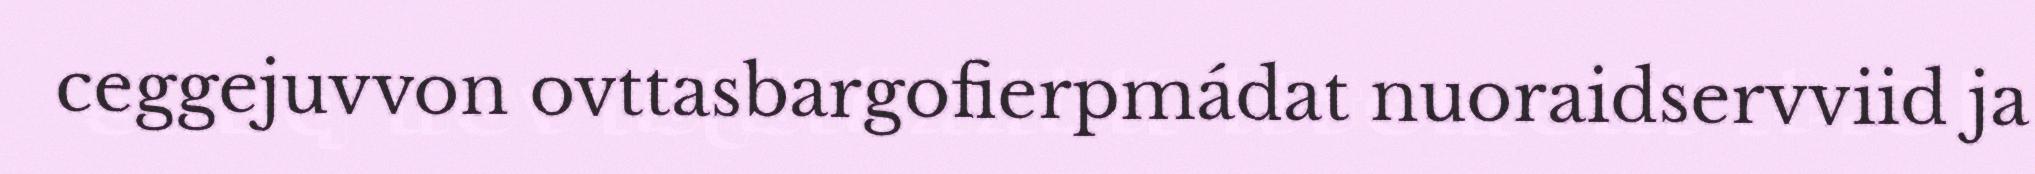
ceggejuvvon ovttasbargofierpmádat nuoraidservviid ja